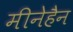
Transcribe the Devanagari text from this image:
मीनेहैन